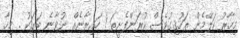
މިހާރު ކަލޭމެން ތަހުޤިގުވެސް ކުރަންފެށީތަ ! ހައިރާނެއް ނުވާނެ ބަޔަކު . މިހާ